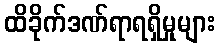
ထိခိုက်ဒဏ်ရာရရှိမှုများ